Vaccination in the Punjab 1883-1896 - 1883-1896
Year: 1883
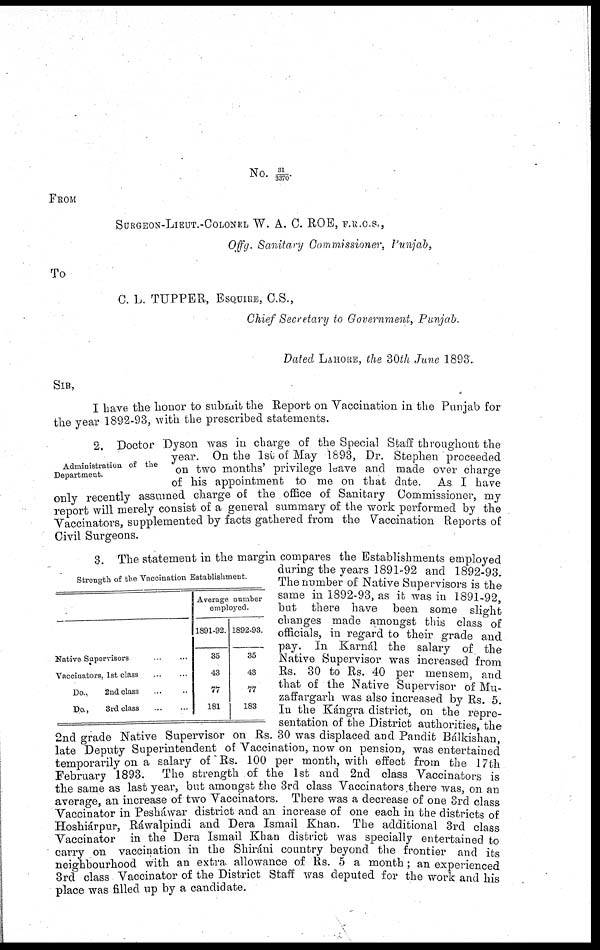
No. 31/3370.
FROM
SURGEON-LIEUT.-COLONEL W. A. C. ROE, F.R.C.S.,
Offg. Sanitary Commissioner, Punjab,
To
C. L. TUPPER, ESQUIRE, C.S.,
Chief Secretary to Government, Punjab.
Dated LAHORE, the 30th June 1893.
SIR,
I have the honor to submit the Report on Vaccination in the Punjab for
the year 1892-93, with the prescribed statements.
Administration of the
Department.
2. Doctor Dyson was in charge of the Special Staff throughout the
year. On the 1st of May 1893, Dr. Stephen proceeded
on two months' privilege leave and made over charge
of his appointment to me on that date. As I have
only recently assumed charge of the office of Sanitary Commissioner, my
report will merely consist of a general summary of the work performed by the
Vaccinators, supplemented by facts gathered from the Vaccination Reports of
Civil Surgeons.
Native Supervisors ... ...
Vaccinators. 1st class ... ...
Do.,
2nd class ... ...
Do.,
3rd class
...
...
Average number
employed.
1891-92.
35
43
77
181
1892-93.
35
43
77
183
Strength of the Vaccination Establishment.
3. The statement in the margin compares the Establishments employed
during the years 1891-92 and 1892-93.
The number of Native Supervisors is the
same in 1892-93, as it was in 1891-92,
but there have been some slight
changes made amongst this class of
officials, in regard to their grade and
pay. In Karnál the salary of the
Native Supervisor was increased from
Rs. 30 to Rs. 40 per mensem, and
that of the Native Supervisor of Mu¬
zaffargarh was also increased by Rs. 5.
In the Kángra district, on the repre-
sentation of the District authorities, the
2nd grade Native Supervisor on Rs. 30 was displaced and Pandit Bálkishan,
late Deputy Superintendent of Vaccination, now on pension, was entertained
temporarily on a salary of Rs. 100 per month, with effect from the 17th
February 1893. The strength of the 1st and 2nd class Vaccinators is
the same as last year, but amongst the 3rd class Vaccinators there was, on an
average, an increase of two Vaccinators. There was a decrease of one 3rd class
Vaccinator in Pesháwar district and an increase of one each in the districts of
Hoshiárpur, Ráwalpindi and Dera Ismail Khan. The additional 3rd class
Vaccinator in the Dera Ismail Khan district was specially entertained to
carry on vaccination in the Shiráni country beyond the frontier and its
neighbourhood with an extra, allowance of Rs. 5 a month ; an experienced
3rd class Vaccinator of the District Staff was deputed for the work and his
place was filled up by a candidate.